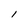
Character: l